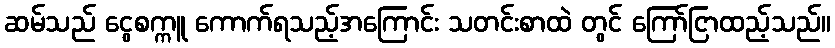
ဆမ်သည် ငွေစက္ကူ ကောက်ရသည့်အကြောင်း သတင်းစာထဲ တွင် ကြော်ငြာထည့်သည်။